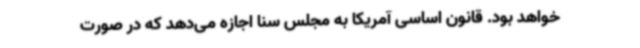
خواهد بود. قانون اساسی آمریکا به مجلس سنا اجازه می‌دهد که در صورت